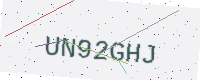
Text: UN92GHJ